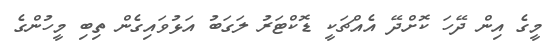
މީގެ އިން ދޭހަ ކޮށްދޭ އެއްޗަކީ ޑޮކްޓަރު ލަގަބު އަޅުވައިގެން ތިބި މީހުންގެ